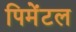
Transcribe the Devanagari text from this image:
पिमेंटल